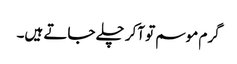
گرم موسم تو آکر چلے جاتے ہیں۔